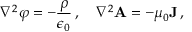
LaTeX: \nabla ^ { 2 } \varphi = - { \frac { \rho } { \epsilon _ { 0 } } } \, , \quad \nabla ^ { 2 } \mathbf { A } = - \mu _ { 0 } \mathbf { J } \, ,